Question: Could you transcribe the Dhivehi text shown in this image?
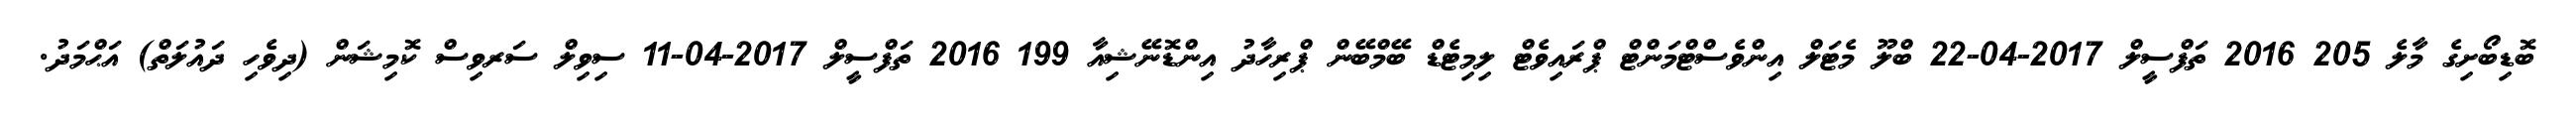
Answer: ބޮޑިބޯށިގެ މާލެ 205 2016 ތަފްސީލް 2017-04-22 ބްލޫ މެޓަލް އިންވެސްޓްމަންޓް ޕްރައިވެޓް ލިމިޓެޑް ބޭމްބޭން ޕްރިހާދު އިންޑޮނޭޝިއާ 199 2016 ތަފްސީލް 2017-04-11 ސިވިލް ސަރވިސް ކޮމިޝަން (ދިވެހި ދައުލަތް) އަޙްމަދު.